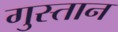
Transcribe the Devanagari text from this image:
गुस्तान